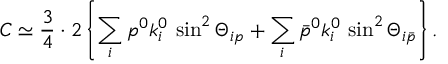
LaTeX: C \simeq \frac 3 4 \cdot 2 \left\{ \sum _ { i } p ^ { 0 } k _ { i } ^ { 0 } \, \sin ^ { 2 } \Theta _ { i p } + \sum _ { i } \bar { p } ^ { 0 } k _ { i } ^ { 0 } \, \sin ^ { 2 } \Theta _ { i \bar { p } } \right\} .